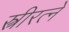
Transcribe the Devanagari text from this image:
स्त्रीरत्ने